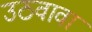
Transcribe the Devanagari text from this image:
उठवावा